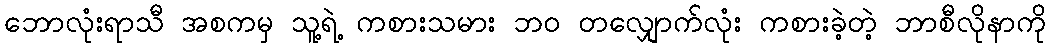
ဘောလုံးရာသီ အစကမှ သူ့ရဲ့ ကစားသမား ဘဝ တလျှောက်လုံး ကစားခဲ့တဲ့ ဘာစီလိုနာကို